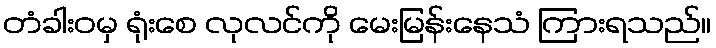
တံခါးဝမှ ရုံးစေ လုလင်ကို မေးမြန်းနေသံ ကြားရသည်။